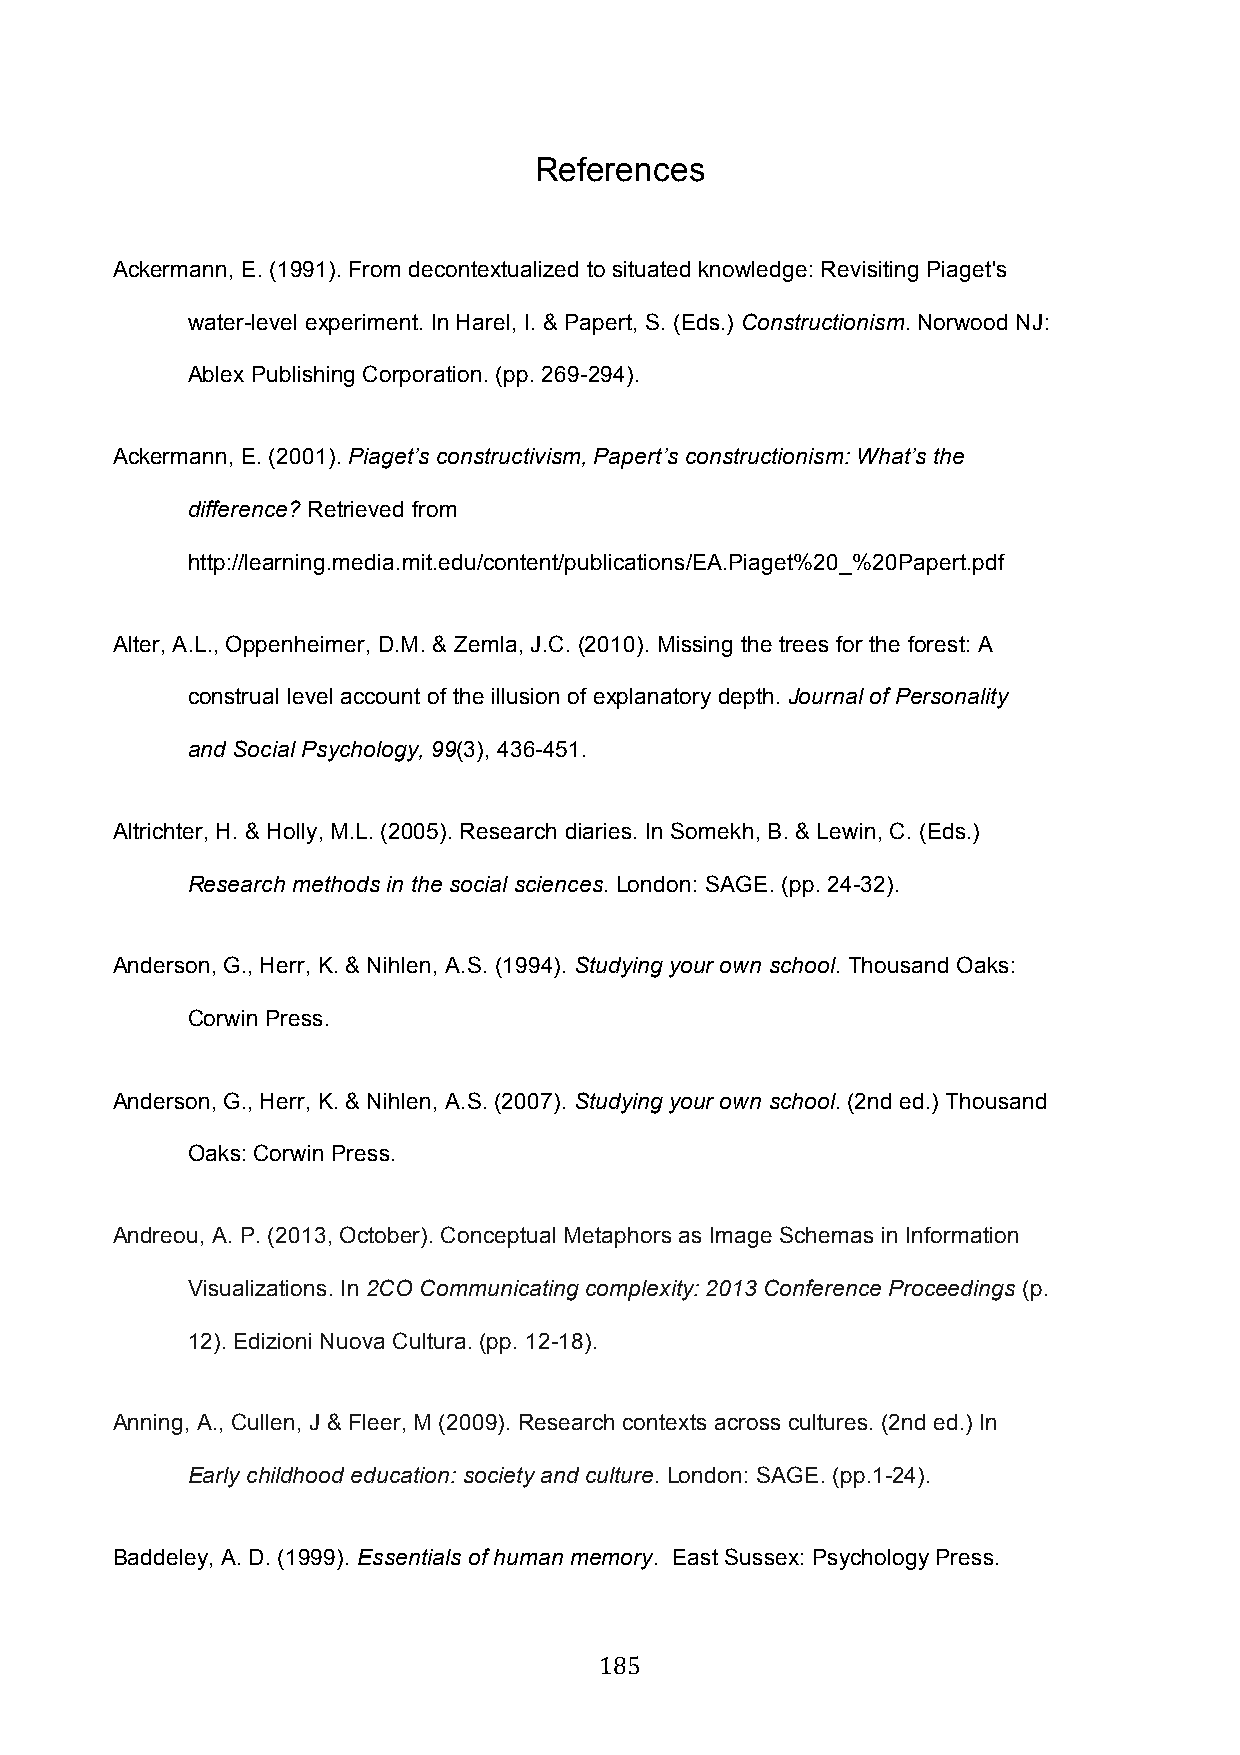
References
 Ackermann, E. (1991). From decontextualized to situated knowledge: Revisiting Piaget's
 water-level experiment. In Harel, I. & Papert, S. (Eds.) Constructionism. Norwood NJ:
 Ablex Publishing Corporation. (pp. 269-294).
 Ackermann, E. (2001). Piaget’s constructivism, Papert’s constructionism: What’s the
 difference? Retrieved from
 http://learning.media.mit.edu/content/publications/EA.Piaget%20_%20Papert.pdf
 Alter, A.L., Oppenheimer, D.M. & Zemla, J.C. (2010). Missing the trees for the forest: A
 construal level account of the illusion of explanatory depth. Journal of Personality
 and Social Psychology, 99(3), 436-451.
 Altrichter, H. & Holly, M.L. (2005). Research diaries. In Somekh, B. & Lewin, C. (Eds.)
 Research methods in the social sciences. London: SAGE. (pp. 24-32).
 Anderson, G., Herr, K. & Nihlen, A.S. (1994). Studying your own school. Thousand Oaks:
 Corwin Press.
 Anderson, G., Herr, K. & Nihlen, A.S. (2007). Studying your own school. (2nd ed.) Thousand
 Oaks: Corwin Press.
 Andreou, A. P. (2013, October). Conceptual Metaphors as Image Schemas in Information
 Visualizations. In 2CO Communicating complexity: 2013 Conference Proceedings (p.
 12). Edizioni Nuova Cultura. (pp. 12-18).
 Anning, A., Cullen, J & Fleer, M (2009). Research contexts across cultures. (2nd ed.) In
 Early childhood education: society and culture. London: SAGE. (pp.1-24).
 Baddeley, A. D. (1999). Essentials of human memory. East Sussex: Psychology Press.
 185